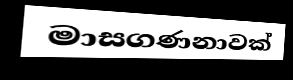
මාසගණනාවක්